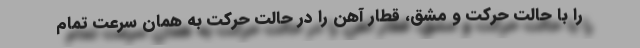
را با حالت حرکت و مشق، قطار آهن را در حالت حرکت به همان سرعت تمام